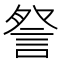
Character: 詧